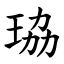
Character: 珕